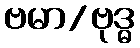
ဗမာ/ဗုဒ္ဓ